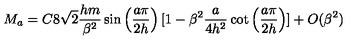
M _ { a } = C 8 \sqrt { 2 } \frac { h m } { \beta ^ { 2 } } \sin \left( \frac { a \pi } { 2 h } \right) [ 1 - \beta ^ { 2 } \frac { a } { 4 h ^ { 2 } } \cot \left( \frac { a \pi } { 2 h } \right) ] + O ( \beta ^ { 2 } )